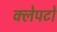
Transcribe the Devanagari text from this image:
क्लेपटो